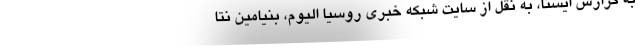
به گزارش ایسنا، به نقل از سایت شبکه خبری روسیا الیوم، بنیامین نتا